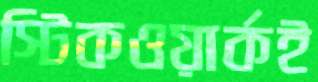
স্টিকওয়ার্কই